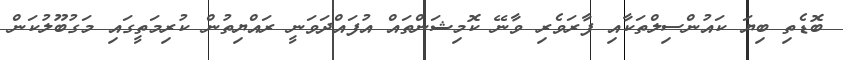
ބޮޑެތި ބިޔަ ކައުންސިލްތަކާއި ފާރަވެރި ވާނޭ ކޮމިޝަންތައް އުފައްދަވަނީ ރައްޔިތުން ކުރިމަތީގައި މަގުބޫލުކަން